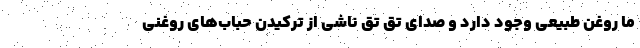
ما روغن طبیعی وجود دارد و صدای تق تق ناشی از ترکیدن حباب‌های روغنی